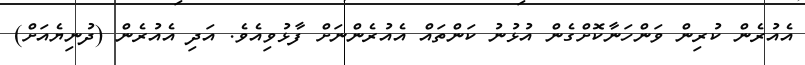
އެއުރެން ކުރިން ވަންހަނާކޮށްގެން އުޅުނު ކަންތައް އެއުރެންނަށް ފާޅުވިއެވެ. އަދި އެއުރެން (ދުނިޔެއަށް)